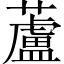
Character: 蘆